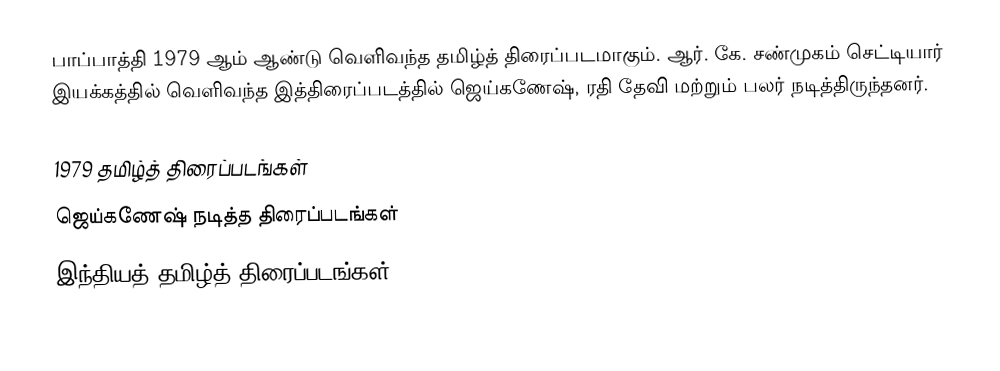
பாப்பாத்தி 1979 ஆம் ஆண்டு வெளிவந்த தமிழ்த் திரைப்படமாகும். ஆர். கே. சண்முகம் செட்டியார் இயக்கத்தில் வெளிவந்த இத்திரைப்படத்தில் ஜெய்கணேஷ், ரதி தேவி மற்றும் பலர் நடித்திருந்தனர்.

1979 தமிழ்த் திரைப்படங்கள்
ஜெய்கணேஷ் நடித்த திரைப்படங்கள்
இந்தியத் தமிழ்த் திரைப்படங்கள்